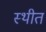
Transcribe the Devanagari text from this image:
स्‍थीत